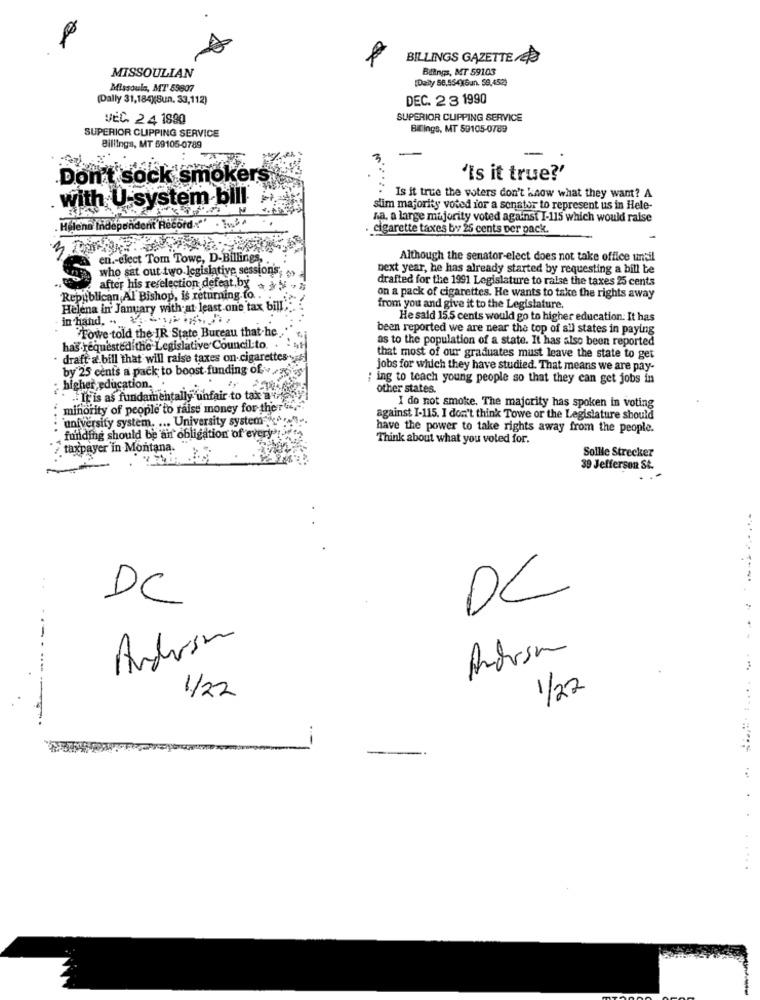
BILLINGS GAZETTE/28
MISSOULIAN
Blings, MT 59103
[Daily 56,554)Gun. 58,452)
Missoula, MT 59807
(Dally 31,184)(Sun, 33,112)
DEC. 2 3 1990
VEC. 2.4 1890
SUPERIOR CLIPPING SERVICE
SUPERIOR CLIPPING SERVICE
Bilings, MT 59105-0789
Billings, MT 59105-0789
.Don't sock smokers
'is it true?'
with U system bill
Is it true the voters don't know what they want? A
slim majority voted for a senator to represent us in Hele-
na. a large majority voted against I-115 which would raise
Helena Independent Record.""
. cigarette taxes by 25 cents per pack.
en .- elect Tom Towe, D-Billings,"
Although the senator-elect does not take office until
next year, he has already started by requesting a bill be
3 who sat out two legislative sessions>
drafted for the 1991 Legislature to raise the taxes 25 cents
after his refelection defeat,by
Republican Al Bishop, is returning to .
on a pack of cigarettes. He wants to take the rights away
Helena in January with at least one tax bill
from you and give it to the Legislature,
in hand. .. ...., h
He said 15.5 cents would go to higher education. It has
Crowe told the IR State Bureau that-he.
been reported we are near the top of all states in paying
as to the population of a state. It has also been reported
has requested the Legislative Council:to.
draft a bill that will raise taxes on cigarettes
that most of our graduates must leave the state to get
by 25 cents a pack to boost funding of
jobs for which they have studied. That means we are pay-
; ing to teach young people so that they can get jobs in
higher education.
other states.
.. It is as fundamentally unfair to tak a un
minority of people to raise money for theri-
I do not smoke. The majority has spoken in voting
university system. ... University system
against I-115. I don't think Towe or the Legislature should
have the power to take rights away from the people.
funding should be an obligation of every
Think about what you voted for.
2.taxpayer in Montana.
Sollie Strecker
39 Jefferson St.
DC
DC
Anderson
Androsa
1/22
1/22
..... .
: